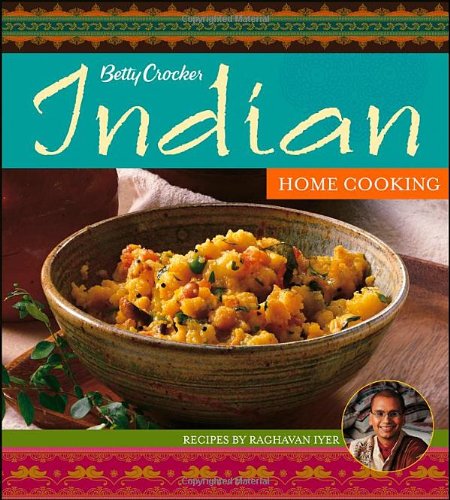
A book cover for Betty Crocker Indian Home Cooking (Betty Crocker Cooking); Betty Crocker; Cookbooks, Food & Wine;